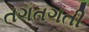
તગતગતી